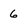
Character: 6